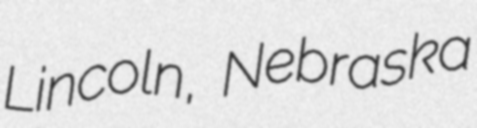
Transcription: Lincoln, Nebraska